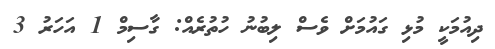
ދިއުމަކީ މުޅި ގައުމަށް ވެސް ލިބުނު ހުތުރެއް: ގާސިމް 1 އަހަރު 3